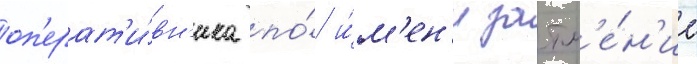
оп'ерат'и́вн'ика по́ и́м'ен'и затм'е́н'ие